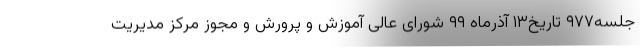
جلسه۹۷۷ تاریخ۱۳ آذرماه ۹۹ شورای عالی آموزش و پرورش و مجوز مرکز مدیریت